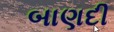
બાણદી